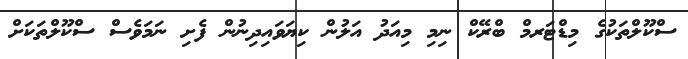
ސްކޫލްތަކުގެ މިޑްޓަރމް ބްރޭކް ނިމި މިއަދު އަލުން ކިޔަވައިދިނުން ފެށި ނަމަވެސް ސްކޫލްތަކަށް